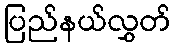
ပြည်နယ်လွှတ်